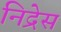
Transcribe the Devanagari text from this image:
निद्रेस